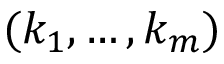
( k _ { 1 } , \ldots , k _ { m } )